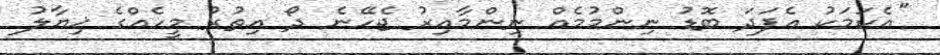
''އެކަމަކު އެފަދަ ބޮޑު ނިންމުމެއް ނިންމާއިރު ޖެހޭނެ ދޯ އިތުރު މީހެއްގެ ޚިޔާލު